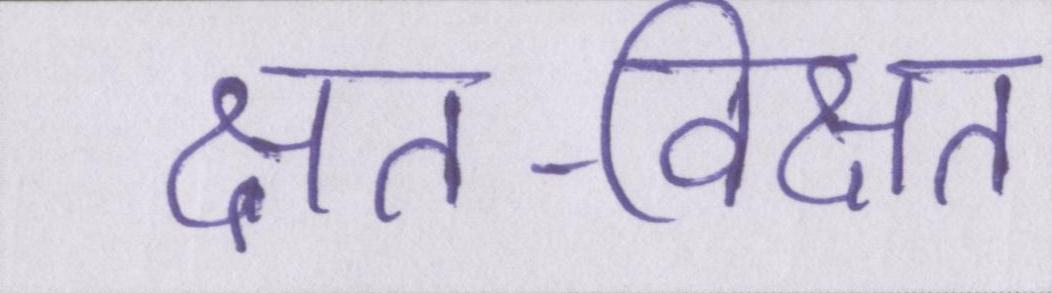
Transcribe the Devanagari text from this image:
क्षत-विक्षत